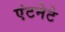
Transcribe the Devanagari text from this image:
एंटनेटे